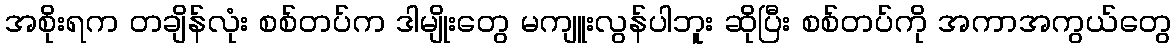
အစိုးရက တချိန်လုံး စစ်တပ်က ဒါမျိုးတွေ မကျူးလွန်ပါဘူး ဆိုပြီး စစ်တပ်ကို အကာအကွယ်တွေ